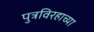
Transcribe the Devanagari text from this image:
पुत्रविरहाच्या